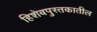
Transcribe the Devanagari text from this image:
हिशेबपुस्तकातील